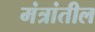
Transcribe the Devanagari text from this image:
मंत्रांतील